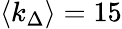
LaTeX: \langle k_{\Delta}\rangle=15